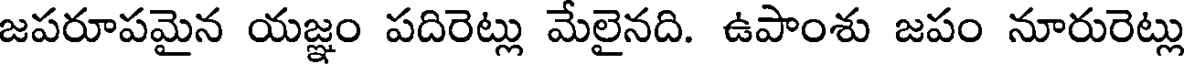
జపరూపమైన యజ్ఞం పదిరెట్లు మేలైనది. ఉపాంశు జపం నూరురెట్లు